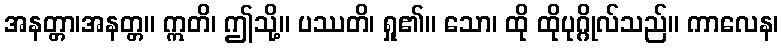
အနတ္တာ၊အနတ္တ။ ဣတိ၊ ဤသို့။ ပဿတိ၊ ရှု၏။ သော၊ ထို ထိုပုဂ္ဂိုလ်သည်။ ကာလေန၊